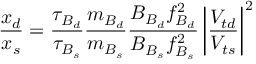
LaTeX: \frac { x _ { d } } { x _ { s } } = \frac { \tau _ { B _ { d } } } { \tau _ { B _ { s } } } \frac { m _ { B _ { d } } } { m _ { B _ { s } } } \frac { B _ { B _ { d } } f _ { B _ { d } } ^ { 2 } } { B _ { B _ { s } } f _ { B _ { s } } ^ { 2 } } \left| \frac { V _ { t d } } { V _ { t s } } \right| ^ { 2 }